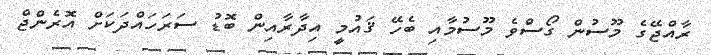
ރާއްޖޭގެ މޫސުން ގޯސްވެ މޫސުމާއި ބެހޭ ޤައުމީ އިދާރާއިން ބޮޑު ސަރަހައްދަކަށް އޮރެންޖް